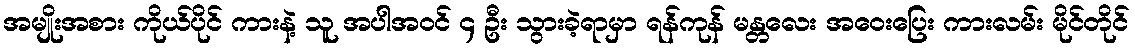
အမျိုးအစား ကိုယ်ပိုင် ကားနဲ့ သူ အပါအဝင် ၄ ဦး သွားခဲ့ရာမှာ ရန်ကုန် မန္တလေး အဝေးပြေး ကားလမ်း မိုင်တိုင်